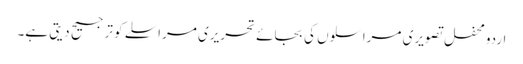
اردو محفل تصویری مراسلوں کی بجائے تحریری مراسلے کو ترجیح دیتی ہے۔